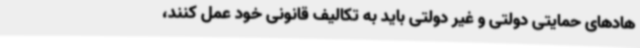
هادهای حمایتی دولتی و غیر دولتی باید به تکالیف قانونی خود عمل کنند،